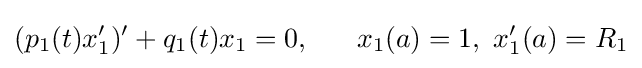
(p_{1}(t)x_{1}^{\prime })^{\prime }+q_{1}(t)x_{1}=0,\,\,\,\,\,\,\,\,\,\,x_{1}(a)=1,\,\,x_{1}^{\prime }(a)=R_{1}